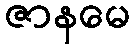
ဇာနမေ